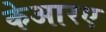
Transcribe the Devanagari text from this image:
केआरए